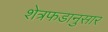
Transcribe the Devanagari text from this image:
शेत्रफडानुसार